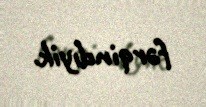
fərqindıyik.